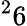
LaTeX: ^26